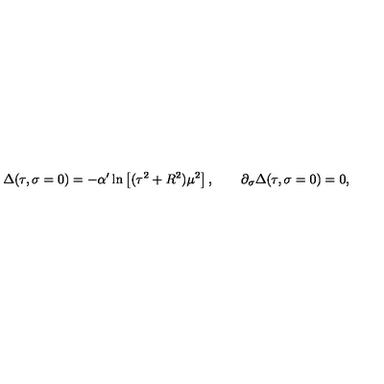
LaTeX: \Delta ( \tau , \sigma = 0 ) = - \alpha ^ { \prime } \ln \left[ ( \tau ^ { 2 } + R ^ { 2 } ) \mu ^ { 2 } \right] , \qquad \partial _ { \sigma } \Delta ( \tau , \sigma = 0 ) = 0 ,